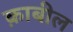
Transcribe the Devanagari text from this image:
क़ाबील